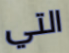
التي